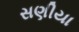
સણીયા